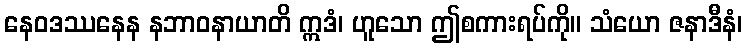
နေဝဒဿနေန နဘာဝနာယာတိ ဣဒံ၊ ဟူသော ဤစကားရပ်ကို။ သံယော ဇနာဒီနံ၊